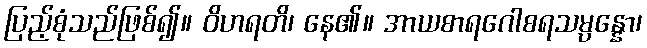
ပြည့်စုံသည်ဖြစ်၍။ ဝိဟရတိ၊ နေ၏။ အာယစာရဂေါစရသမ္ပန္နော၊